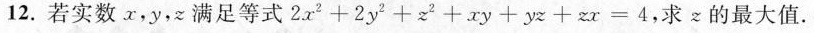
12.若实数x，y，z满足等式 $$